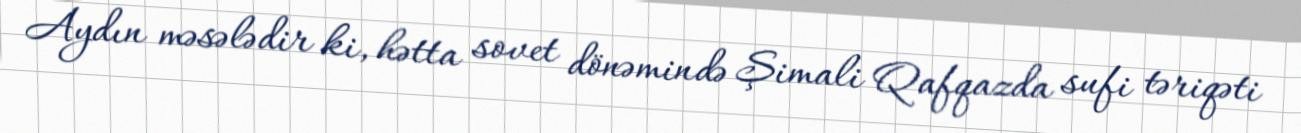
Aydın məsələdir ki, hətta sovet dönəmində Şimali Qafqazda sufi təriqəti